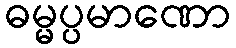
ဓမ္မပ္ပမာဏော